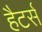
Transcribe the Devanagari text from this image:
हैटर्स